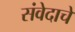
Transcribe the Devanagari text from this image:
संवेदाचे